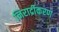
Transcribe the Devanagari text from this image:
निरार्द्रीकरण